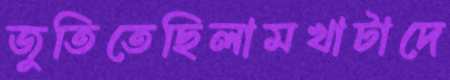
জুতিতেছিলামখাটাদে